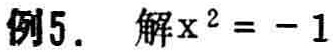
例5. 解$x^{2}=-1$